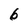
Character: 6